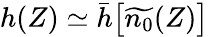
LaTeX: h(Z)\simeq\bar{h}\big[\widetilde{n_{0}}(Z)\big]